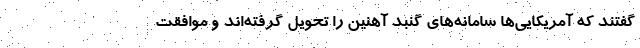
گفتند که آمریکایی‌ها سامانه‌های گنبد آهنین را تحویل گرفته‌اند و موافقت